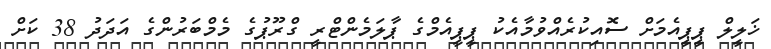
ޚަލީލް ޕީޕީއެމަށް ސޮއިކުރެއްވުމާއެކު ޕީޕީއެމްގެ ޕާލަމެންޓްރީ ގްރޫޕުގެ މެމްބަރުންގެ އަދަދު 38 ކަށް